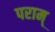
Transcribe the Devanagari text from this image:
पराम्